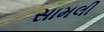
સામલી